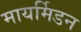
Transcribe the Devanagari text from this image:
मायर्मिडन